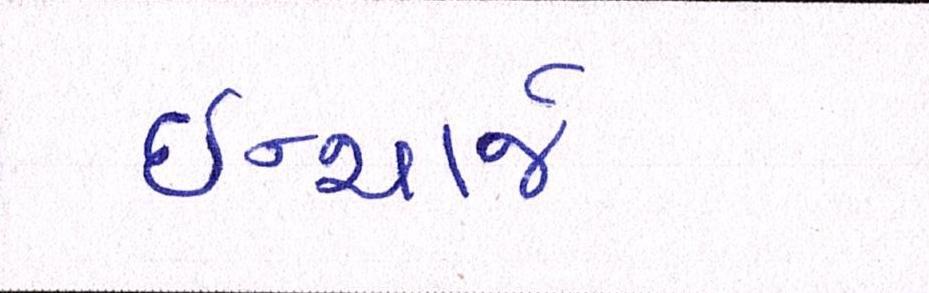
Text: ઈન્ચાર્જ